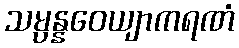
သမ္ပန္နဝေယျာကရဏံ